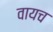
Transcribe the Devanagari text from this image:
वायच